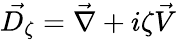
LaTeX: \vec{D_{\zeta}}=\vec{\nabla}+i\zeta\vec{V}